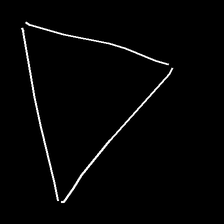
Glyph: convergence